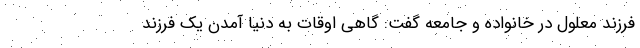
فرزند معلول در خانواده و جامعه گفت: گاهی اوقات به دنیا آمدن یک فرزند